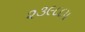
૨૩૯૮૮૫